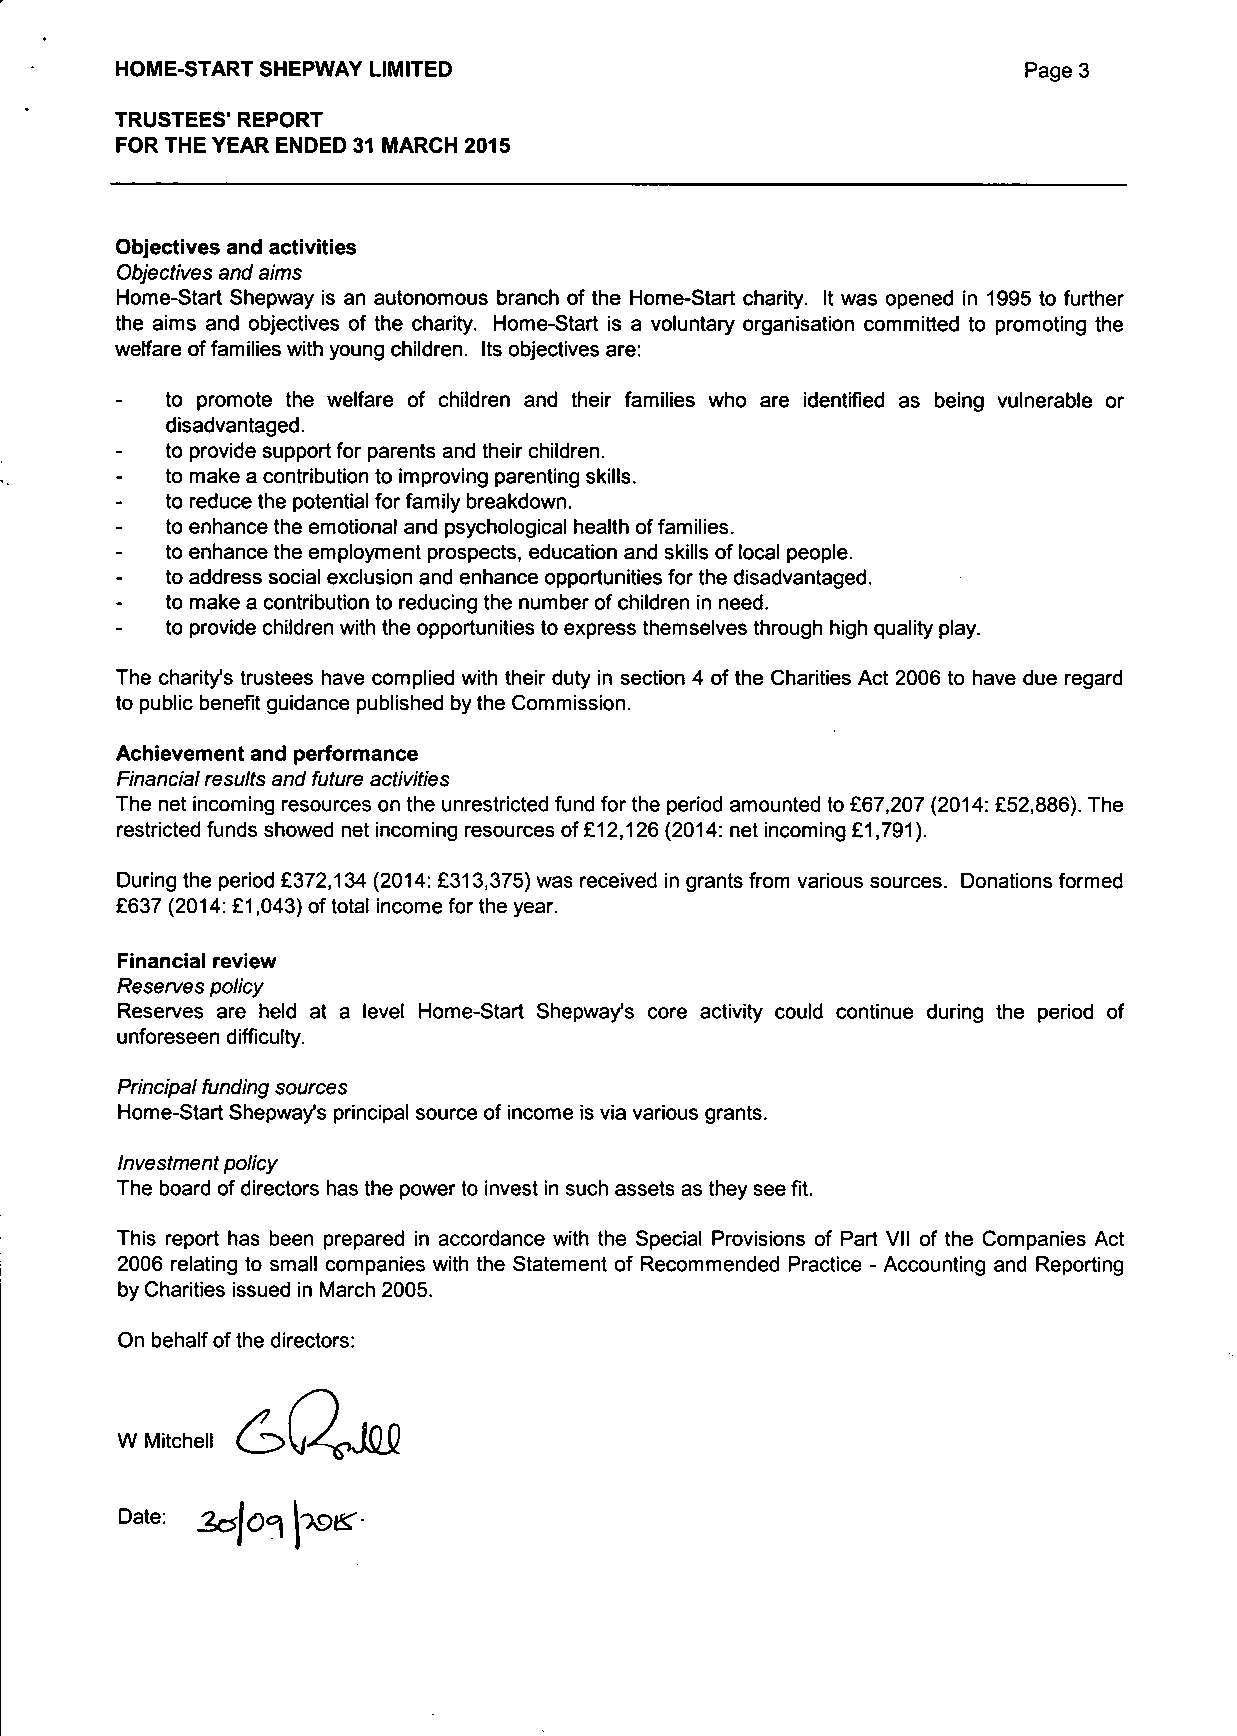
HOME-START SHEPWAY LIMITED                                  Page 3
 TRUSTEES' REPORT
 FOR THE YEAR ENDED 31 MARCH 2015
 Objectives and activities
 Objectives and aims
 Home-Start Shepway is an autonomous branch of the Home-Start charity. It was opened in 1995 to further
 the aims and objectives of the charity. Home-Start is a voluntary organisation committed to promoting the
 welfare of families with young children. Its objectives are:
 to promote the welfare of children and their families who are identified as being vulnerable or
 disadvantaged.
 to provide support for parents and their children.
 to make a contribution to improving parenting skills.
 to reduce the potential for family breakdown.
 to enhance the emotional and psychological health of families.
 to enhance the employment prospects, education and skills of local people.
 to address social exclusion and enhance opportunities for the disadvantaged.
 to make a contribution to reducing the number of children in need.
 to provide children with the opportunities to express themselves through high quality play.
 The charity's trustees have complied with their duty in section 4 of the Charities Act 2006 to have due regard
 to public benefit guidance published by the Commission.
 Achievement and performance
 Financial results and future activities
 The net incoming resources on the unrestricted fund for the period amounted to £67,207 (2014: £52,886). The
 restricted funds showed net incoming resources of £12,126 (2014: net incoming £1,791).
 During the period £372,134 (2014: £313,375) was received in grants from various sources. Donations formed
 £637 (2014: £1,043) of total income for the year.
 Financial review
 Reserves policy
 Reserves are held at a level Home-Start Shepwa/s core activity could continue during the period of
 unforeseen difficulty.
 Principal funding sources
 Home-Start Shepway*s principal source of income is via various grants.
 Investment policy
 The board of directors has the power to invest in such assets as they see fit.
 This report has been prepared in accordance with the Special Provisions of Part VII of the Companies Act
 2006 relating to small companies with the Statement of Recommended Practice - Accounting and Reporting
 by Charities issued in March 2005.
 On behalf of the directors:
 W Mitchell